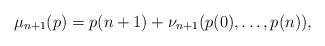
LaTeX: \begin{align*}\mu_{n+1}(p) = p(n+1) + \nu_{n+1}(p(0), \dots, p(n)), \end{align*}